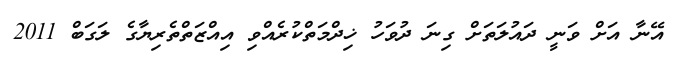
އޭނާ އަށް ވަނީ ދައުލަތަށް ގިނަ ދުވަހު ޚިދްމަތްކުރެއްވި އިއްޒަތްތެރިޔާގެ ލަގަބް 2011